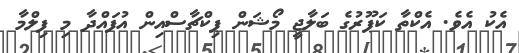
އެކު އެވެ. އެކްތާ ކަޕޫރުގެ ބަލާޖީ މޯޝަން ޕިކްޗާސްއިން އުފައްދާ މި ފިލްމާ